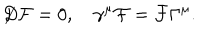
{ \not D } { \cal F } = 0 , ~ \gamma ^ { \mu } { \cal F } = { \cal F } \Gamma ^ { \mu } .